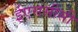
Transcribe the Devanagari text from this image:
ईएससीसी